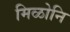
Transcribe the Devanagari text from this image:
मिळोनि